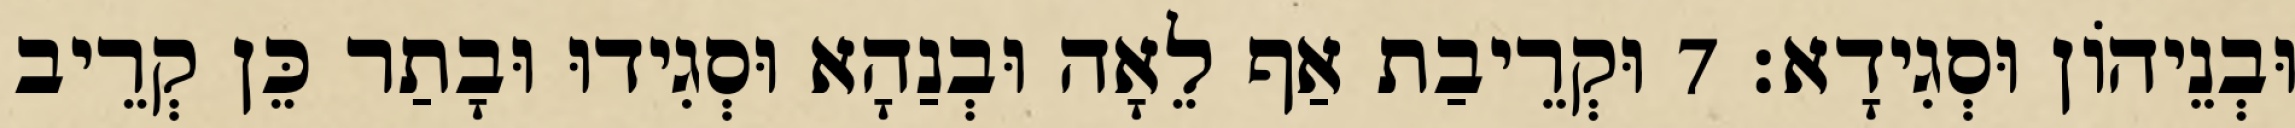
וּבְנֵיהוֹן וּסְגִידָא׃ 7 וּקְרֵיבַת אַף לֵאָה וּבְנַהָא וּסְגִידוּ וּבָתַר כֵּן קְרֵיב